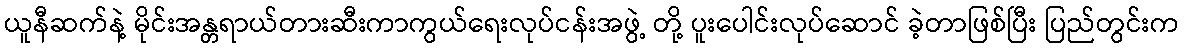
ယူနီဆက်နဲ့ မိုင်းအန္တရာယ်တားဆီးကာကွယ်ရေးလုပ်ငန်းအဖွဲ့ တို့ ပူးပေါင်းလုပ်ဆောင် ခဲ့တာဖြစ်ပြီး ပြည်တွင်းက